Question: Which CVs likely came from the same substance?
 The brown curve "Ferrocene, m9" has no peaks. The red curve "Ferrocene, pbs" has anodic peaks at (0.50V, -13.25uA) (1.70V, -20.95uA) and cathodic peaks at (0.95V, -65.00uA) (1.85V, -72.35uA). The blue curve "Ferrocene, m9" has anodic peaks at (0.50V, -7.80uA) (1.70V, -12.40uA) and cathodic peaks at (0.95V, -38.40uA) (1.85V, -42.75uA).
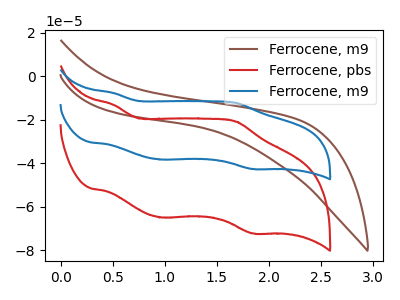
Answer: <think>"Ferrocene, m9" and "Ferrocene, pbs" have a different number of peaks. "Ferrocene, m9" and "Ferrocene, m9" have a different number of peaks. All the peaks in "Ferrocene, pbs" have a peak in "Ferrocene, m9" at the same potential.
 </think>
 <answer>"Ferrocene, pbs" and "Ferrocene, m9" have the same shape and are likely CV's of the same chemical.</answer>
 <eval>"Ferrocene, pbs" "Ferrocene, m9"</eval>